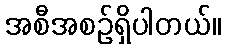
အစီအစဉ်ရှိပါတယ်။